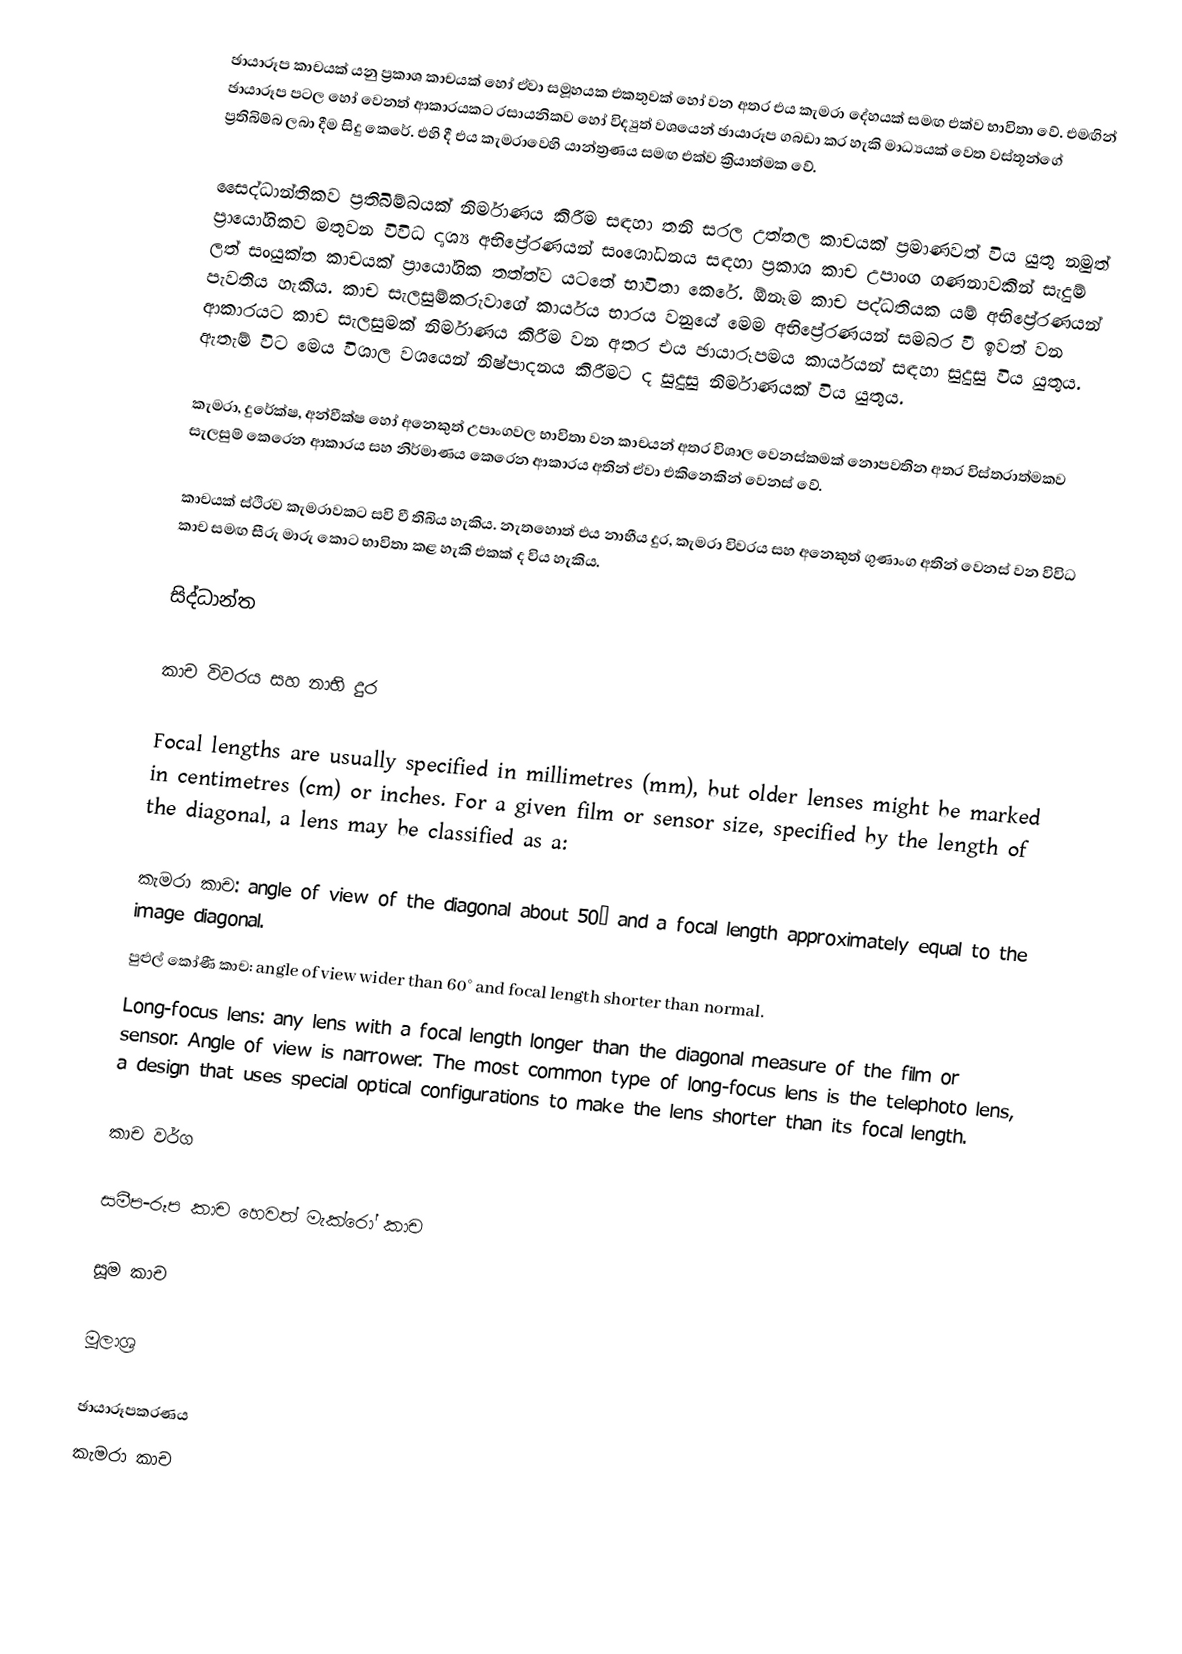
ඡායාරූප කාචයක් යනු ප්‍රකාශ කාචයක් හෝ ඒවා සමූහයක එකතුවක් හෝ වන අතර එය කැමරා දේහයක් සමඟ එක්ව භාවිතා වේ. එමඟින් ඡායාරූප පටල හෝ වෙනත් ආකාරයකට රසායනිකව හෝ විද්‍යුත් වශයෙන් ඡායාරූප ගබඩා කර හැකි මාධ්‍යයක් වෙත වස්තූන්ගේ ප්‍රතිබිම්බ ලබා දීම සිදු කෙරේ. එහි දී එය කැමරාවෙහි යාන්ත්‍රණය සමඟ එක්ව ක්‍රියාත්මක වේ.

සෛද්ධාන්තිකව ප්‍රතිබිම්බයක් නිර්මාණය කිරීම සඳහා තනි සරල උත්තල කාචයක් ප්‍රමාණවත් විය යුතු නමුත් ප්‍රායෝගිකව මතුවන විවිධ දෘශ්‍ය අභිප්‍රේරණයන් සංශෝධනය සඳහා ප්‍රකාශ කාච උපාංග ගණනාවකින් සැදුම් ලත් සංයුක්ත කාචයක් ප්‍රායෝගික තත්ත්ව යටතේ භාවිතා කෙරේ. ඕනෑම කාච පද්ධතියක යම් අභිප්‍රේරණයන් පැවතිය හැකිය. කාච සැලසුම්කරුවාගේ කාර්යය භාරය වනුයේ මෙම අභිප්‍රේරණයන් සමබර වී ඉවත් වන ආකාරයට කාච සැලසුමක් නිර්මාණය කිරීම වන අතර එය ඡායාරූපමය කාර්යයන් සඳහා සුදුසු විය යුතුය. ඇතැම් විට මෙය විශාල වශයෙන් නිෂ්පාදනය කිරීමට ද සුදුසු නිර්මාණයක් විය යුතුය.

කැමරා, දුරේක්ෂ, අන්වීක්ෂ හෝ අනෙකුත් උපාංගවල භාවිතා වන කාචයන් අතර විශාල වෙනස්කමක් නොපවතින අතර විස්තරාත්මකව සැලසුම් කෙරෙන ආකාරය සහ නිර්මාණය කෙරෙන ආකාරය අතින් ඒවා එකිනෙකින් වෙනස් වේ.

කාචයක් ස්ථිරව කැමරාවකට සවි වී තිබිය හැකිය. නැතහොත් එය නාභීය දුර, කැමරා විවරය සහ අනෙකුත් ගුණාංග අතින් වෙනස් වන විවිධ කාච සමඟ සීරු මාරු කොට භාවිතා කළ හැකි එකක් ද විය හැකිය.

සිද්ධාන්ත

කාච විවරය සහ නාභි දුර

Focal lengths are usually specified in millimetres (mm), but older lenses might be marked in centimetres (cm) or inches. For a given film or sensor size, specified by the length of the diagonal, a lens may be classified as a:

කැමරා  කාච: angle of view of the diagonal about 50° and a focal length approximately equal to the image diagonal.
පුළුල් කෝණී කාච: angle of view wider than 60° and focal length shorter than normal.
Long-focus lens: any lens with a focal length longer than the diagonal measure of the film or sensor. Angle of view is narrower. The most common type of long-focus lens is the telephoto lens, a design that uses special optical configurations to make the lens shorter than its focal length.

කාච වර්ග

සමීප-රූප කාච හෙවත් මැක්රෝ කාච

සූම කාච

මූලාශ්‍ර

ඡායාරූපකරණය
කැමරා කාච